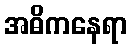
အဓိကနေရာ